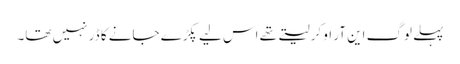
پہلے لوگ این آر او کرلیتے تھے اس لیے پکڑے جانے کا ڈر نہیں تھا۔